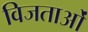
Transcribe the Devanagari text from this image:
विजताओं